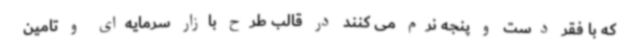
که با فقر دست و پنجه نرم می کنند در قالب طرح بازار سرمایه‌ای و تامین